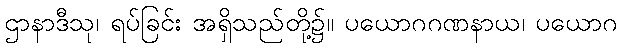
ဌာနာဒီသု၊ ရပ်ခြင်း အရှိသည်တို့၌။ ပယောဂဂဏနာယ၊ ပယောဂ